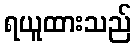
ရယူထားသည်